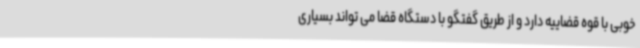
خوبی با قوه قضاییه دارد و از طریق گفتگو با دستگاه قضا می تواند بسیاری